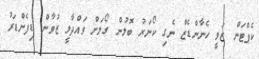
ކެޕްޓަން ޒަވީ ހެނާންޑެޒް ނެގި ކޯނަރު ބޮލުން ގޯލަށް ވައްދާލީ ޒުވާން ޑިފެންޑަރު